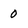
Character: 0